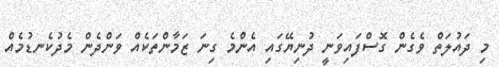
މި ދައުލަތް ވެގެން ގޮސްފައިވަނީ ދުނިޔޭގައި އެންމެ ގިނަ ޒަމާންތަކެއް ވަންދެން މެދުކެނޑުމެއް